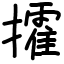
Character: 攉